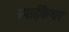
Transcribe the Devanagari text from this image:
स्पाईकैचर